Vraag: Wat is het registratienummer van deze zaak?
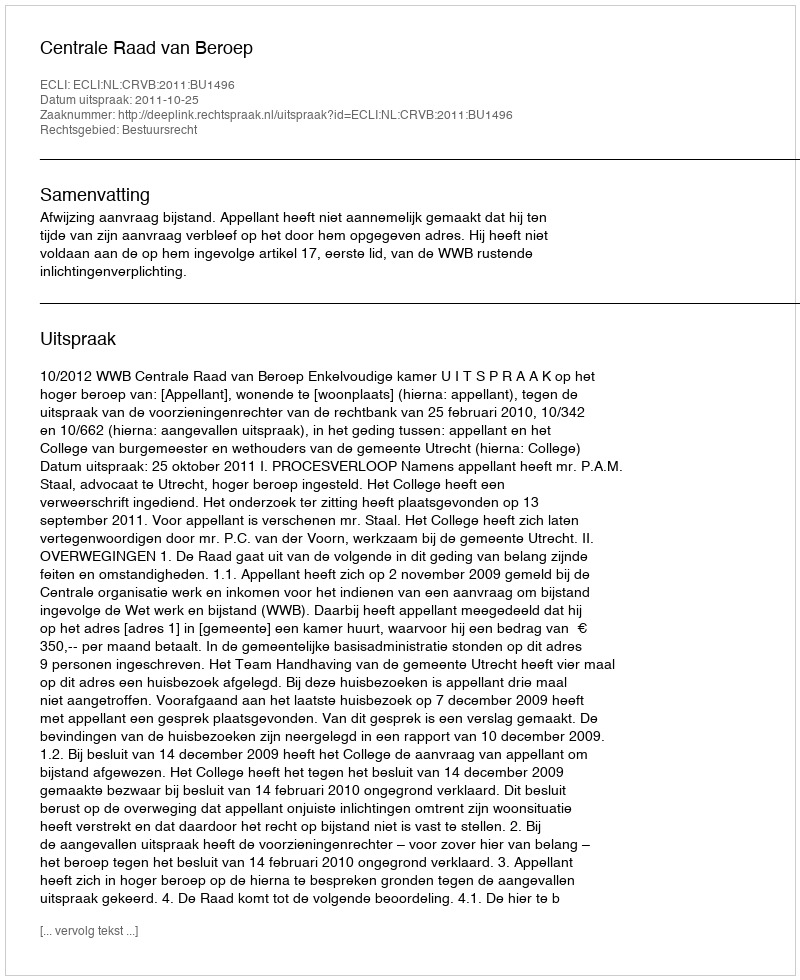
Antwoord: http://deeplink.rechtspraak.nl/uitspraak?id=ECLI:NL:CRVB:2011:BU1496